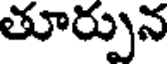
తూర్పున